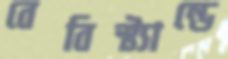
বেবিস্ট্যান্ডে